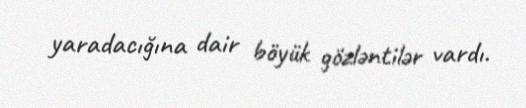
yaradacığına dair böyük gözləntilər vardı.